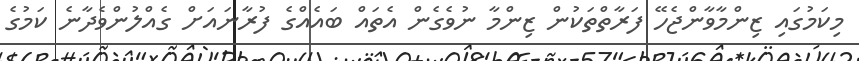
މިކަމުގައި ޒިންމާވާންޖެހޭ ފަރާތްތަކުން ޒިންމާ ނުވެގެން އެތައް ބައެއްގެ ފުރާނައަށް ގެއްލުންވެދާނެ ކަމުގެ